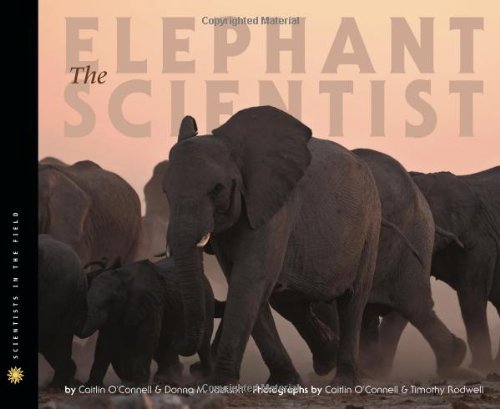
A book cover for The Elephant Scientist (Scientists in the Field Series); Caitlin O'Connell; Children's Books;